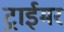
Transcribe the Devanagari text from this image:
ट्राईमर